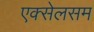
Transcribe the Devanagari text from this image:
एक्सेलसम